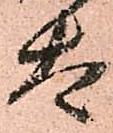
太